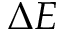
\Delta E